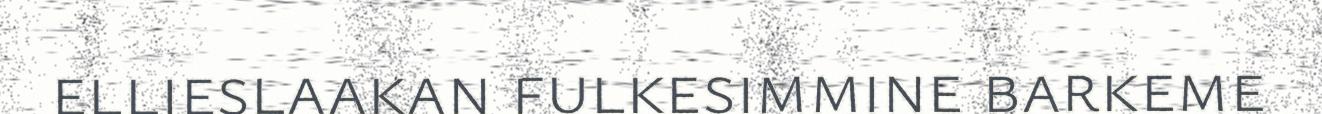
ellieslaakan fulkesimmine barkeme